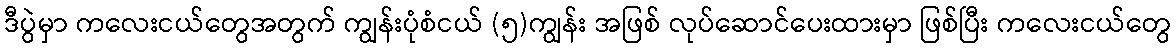
ဒီပွဲမှာ ကလေးငယ်တွေအတွက် ကျွန်းပုံစံငယ် (၅)ကျွန်း အဖြစ် လုပ်ဆောင်ပေးထားမှာ ဖြစ်ပြီး ကလေးငယ်တွေ